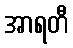
အာရတီ